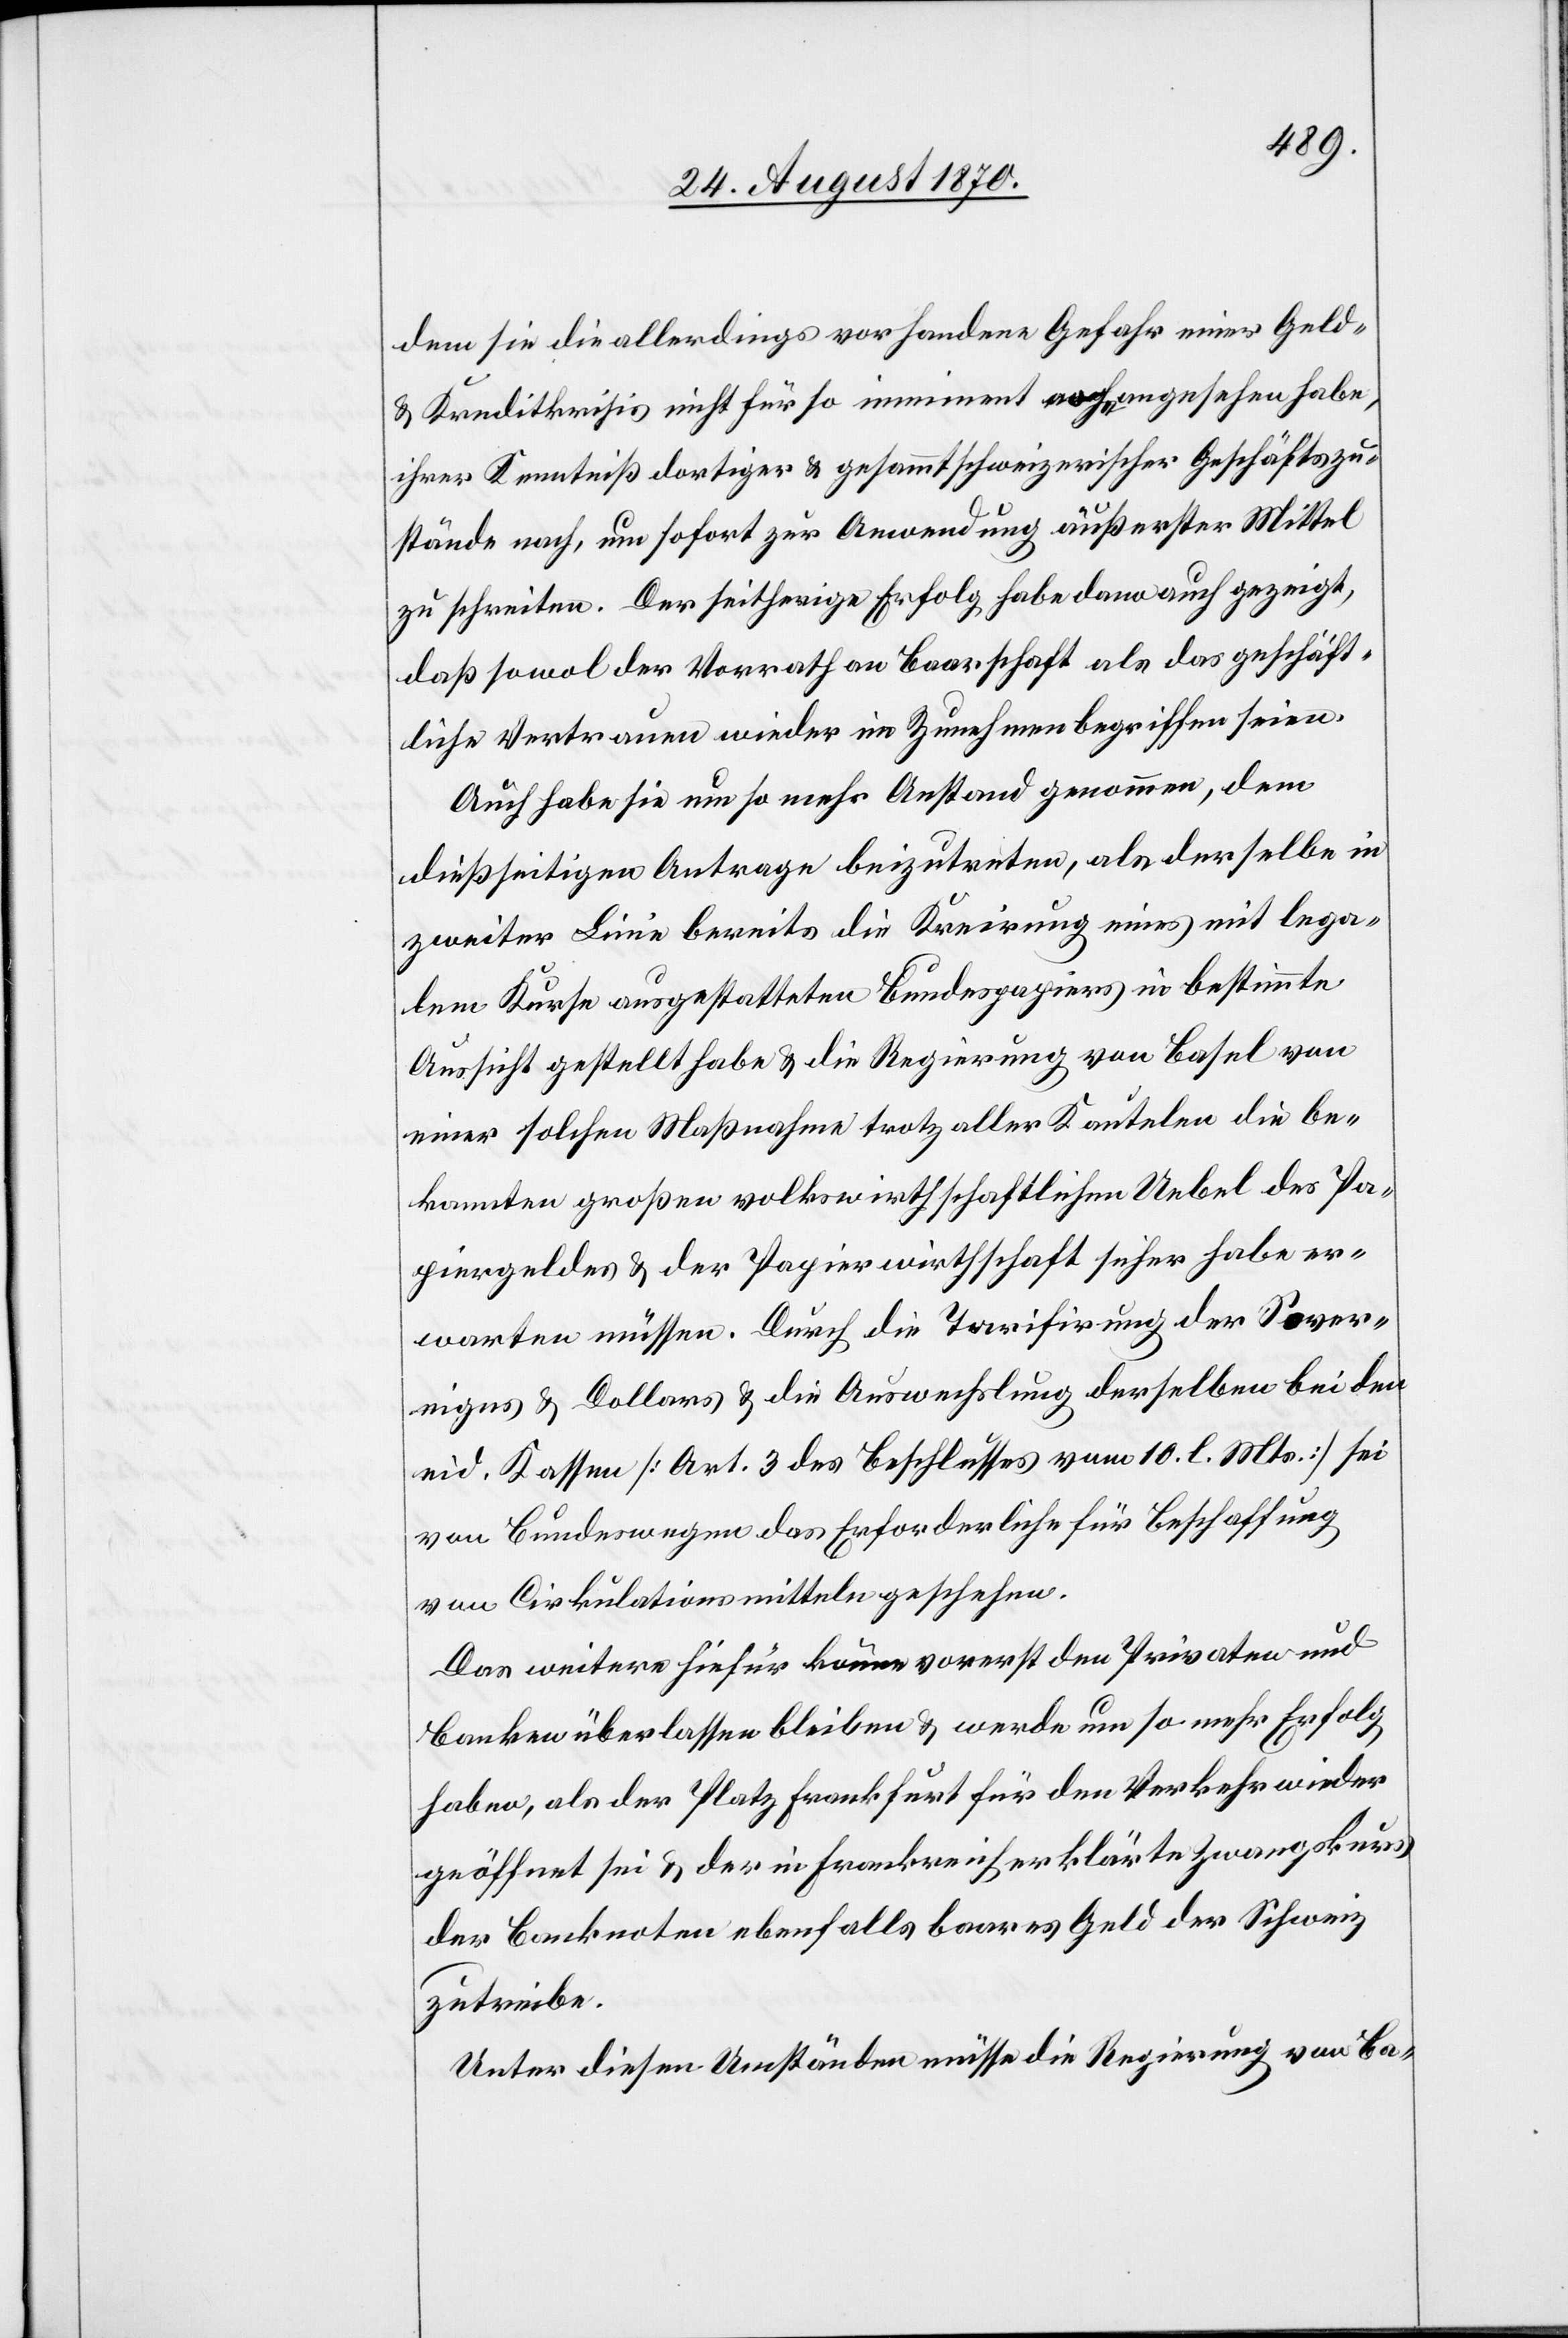
dem sie die allerdings vorhandene Gefahr einer Geld-
& Kreditkrisis nicht für so imminent angesehen habe,
ihrer Kenntniß dortiger & gesammtschweizerischer Geschäftszu¬
stände nach, um sofort zur Anwendung äußerster Mittel
zu schreiten. Der seitherige Erfolg habe denn auch gezeigt,
daß sowol der Vorrath an Baarschaft als das geschäft¬
liche Vertrauen wieder im Zunehmen begriffen seien.
Auch habe sie um so mehr Anstand genommen, dem
dießseitigen Antrage beizutreten, als derselbe in
zweiter Linie bereits die Kreirung eines mit lega¬
lem Kurse ausgestatteten Bundespapiers in bestimmte
Aussicht gestellt habe & die Regierung von Basel von
einer solchen Maßnahme trotz aller Kautelen die be¬
kannten großen volkswirthschaftlichen Uebel des Pa¬
piergeldes & der Papierwirthschaft sicher habe er¬
warten müssen. Durch die Tarifirung der Sover¬
eigns & Dollars & die Auswechslung derselben bei den
eid. Kassen [Art. 3 des Beschlusses vom 10. l. Mts.] sei
von Bundeswegen das Erforderliche für Beschaffung
von Cirkulationsmitteln geschehen.
Das weitere hiefür könne vorerst den Privaten und
Banken überlassen bleiben & werde um so mehr Erfolg
haben, als der Platz Frankfurt für den Verkehrt wieder
geöffnet sei & der in Frankreich erklärte Zwangskurs
der Banknoten ebenfalls baares Geld der Schweiz
zutreibe.
Unter diesen Umständen müsse die Regierung von Ba-